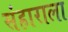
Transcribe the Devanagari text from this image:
संहाराला